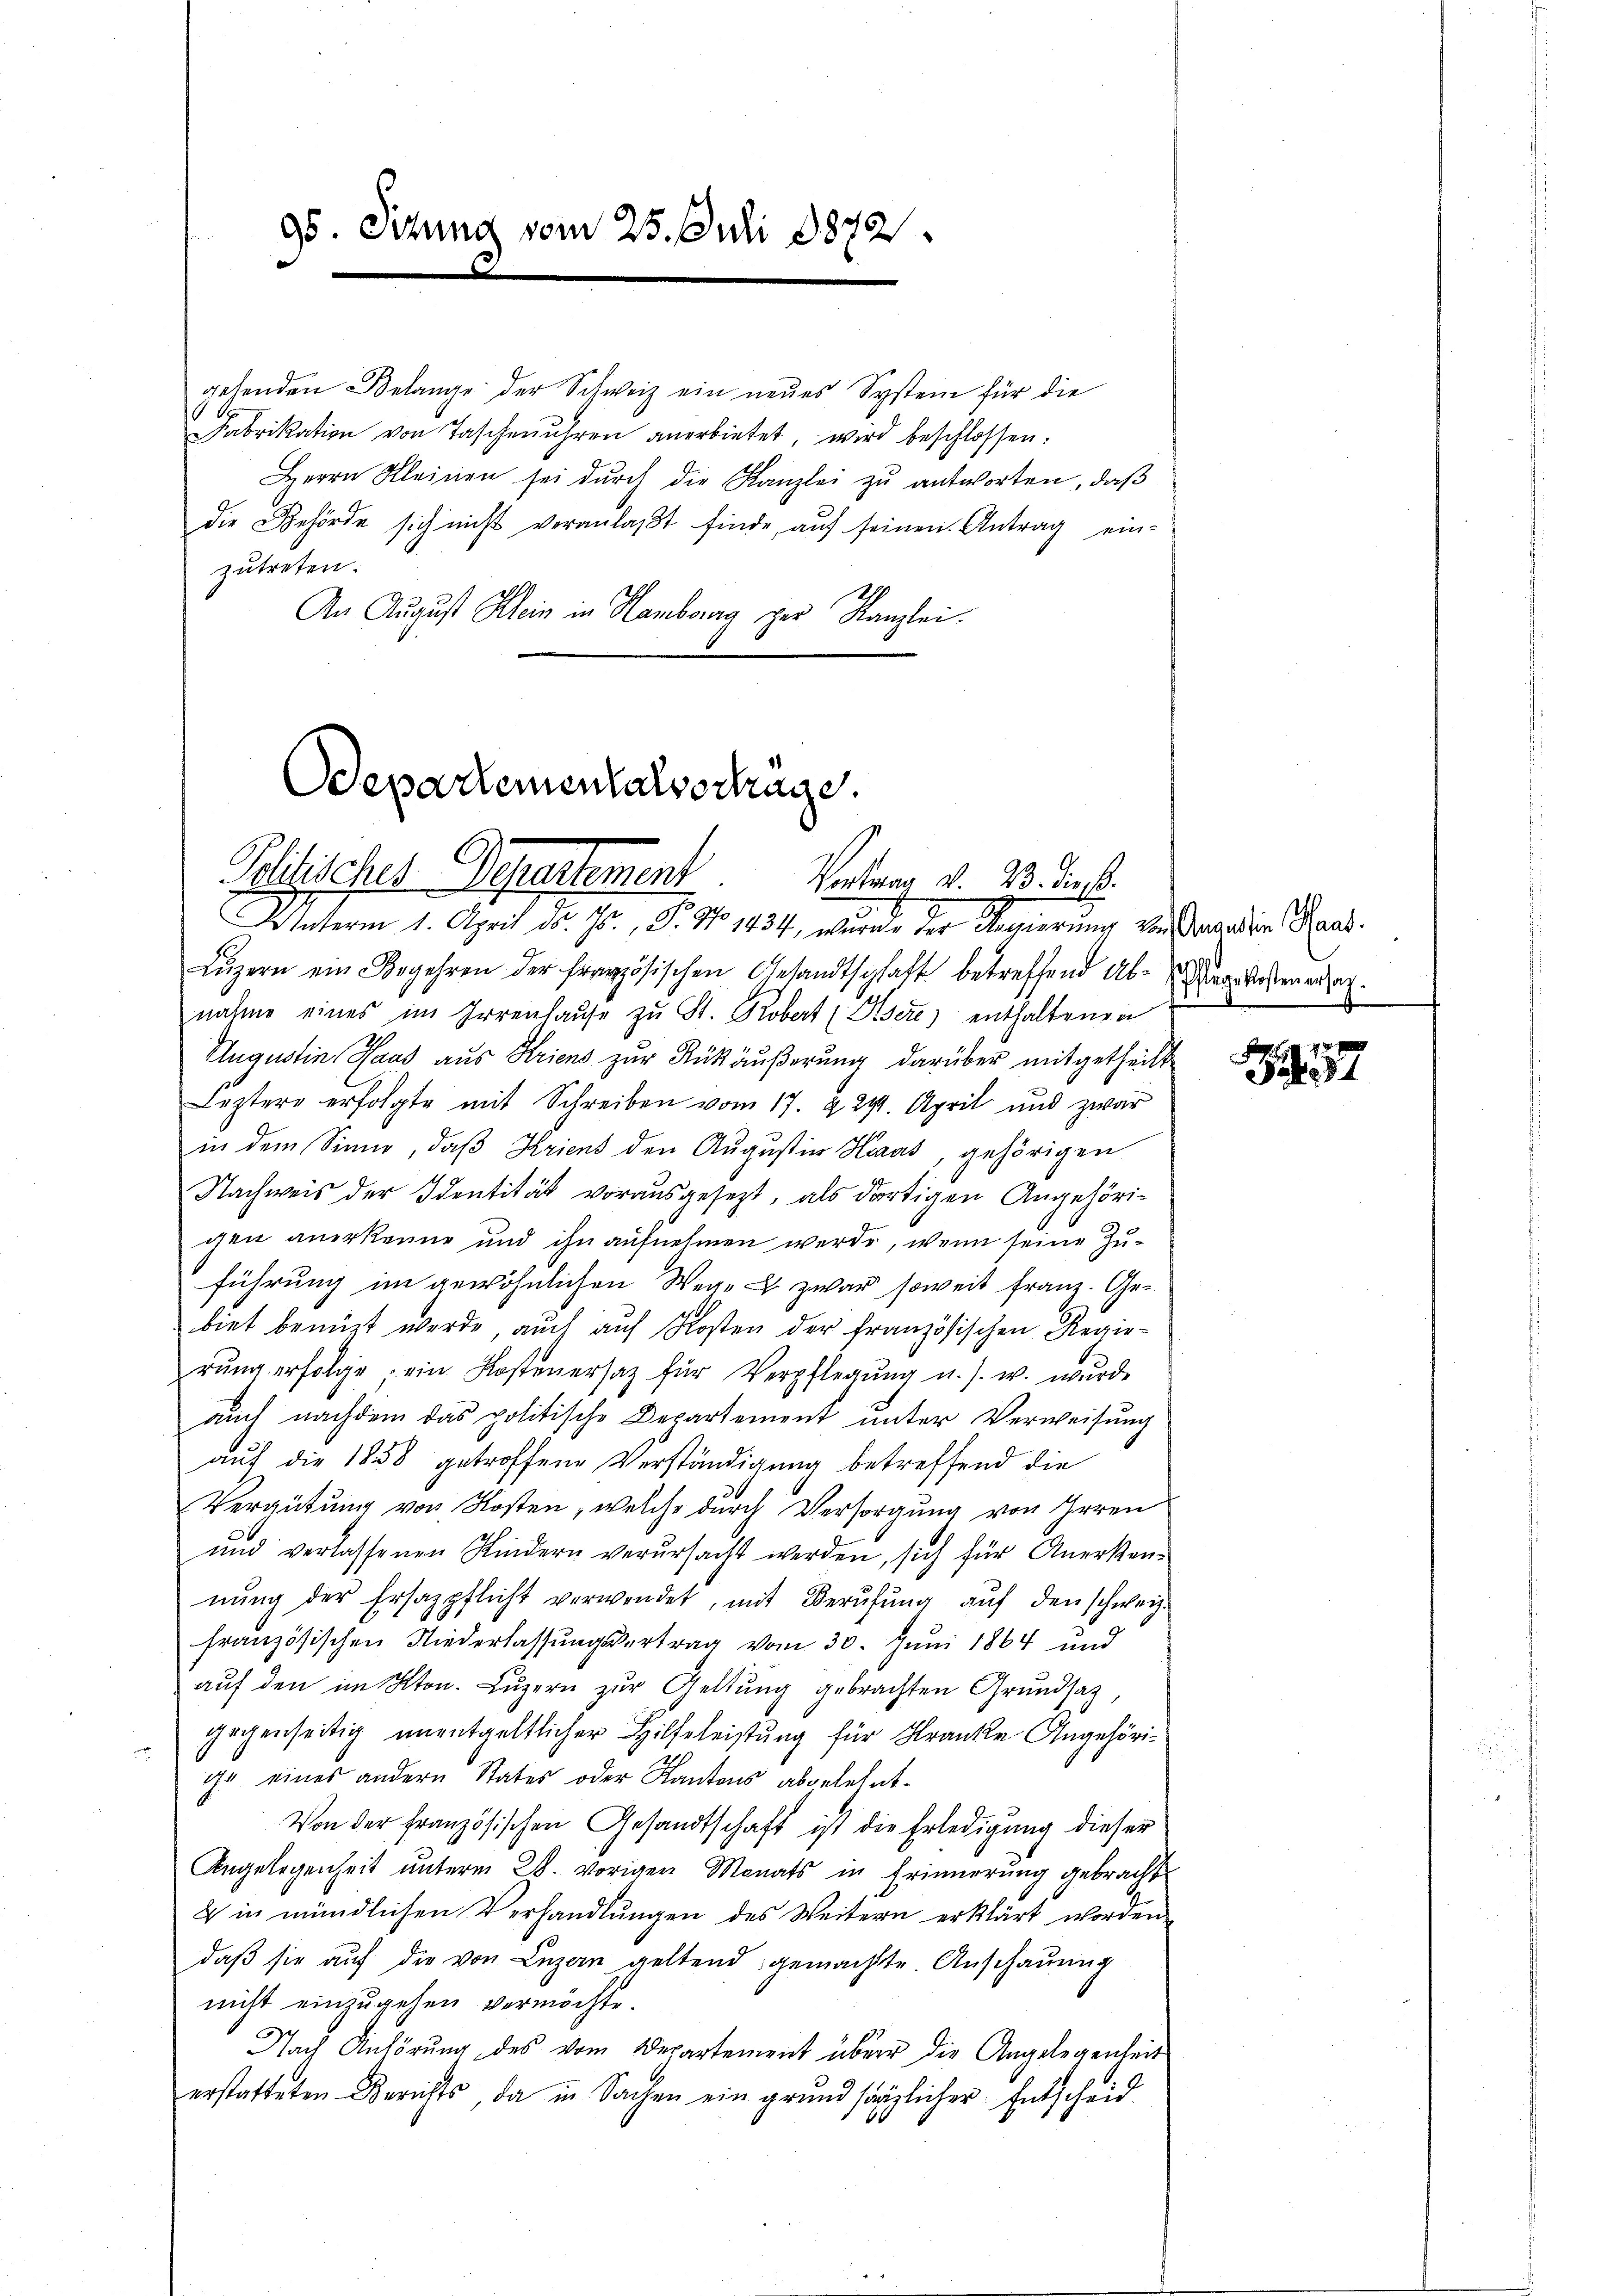
95. Sitzung vom 25. Juli 1872

zutreten.
An August Klein in Hamberg der Kanzlei.

Odepartementalverträge.
Politisches Departement

gehenden Belange der Schweiz ein neues System für die
Fabrikation von Taschenuhren anerbietet, wird beschlossen:
Herrn Kleinen sei dŭrch die Kanzlei zŭ antworten, daß
die Behörde sich nicht veranlaβt finde, auf seinen Antrag ein¬

Vortrag d. 23. Die k.
Winterm 1. April d. Js., F. No 1434, wurde der Regierung von Baaden Waad
Lŭzern ein Begehren der französischen Gesandtschaft betreffend Abnahme eines im Irrenhaŭse zŭ St. Kobert (Giser) enthaltenen
Augustin Hand aus Kriens zur Rükäußerung darüber mitgetheilt
Leztere erfolgte mit Schreiben vom 17. & 24. April und zwar
in dem Sinne, daß Kriens den Augustin Haus, gehörigen
Nachweis der Identität vorausgesezt, als dortigen Angehörigen anerkenne und ihn aufnehmen werde, wenn seine Zuführung im gewöhnlichen Wege u. zwar soweit Franz. Gebiet benützt werde, auch auf Kosten der französischen Regierŭng erfolge ein Kostenersatz für Verpflegŭng u. s. w. wŭrde
auch nachdem das politische Departement unter Verweisung
auf die 1838 getroffene Verständigung betreffend die
Vergütung von Kosten, welche durch Versorgung von Irren
und verlassenen Kindern verŭrsacht werden, sich für Anerken-
nŭng der Ersazpflicht verwendet, mit Berŭfŭng aŭf den schweiz.
französischen Niederlassungsvertrag vom 30. Juni 1864 und
aŭf den im Kton. Lŭzern zŭr Geltung gebrachten Grundsatz,
gegenseitig unentgeltlicher Hilfeleistung für Kranke Angehöriir eines andern States oder Kantons abgelehnt¬
Von der französischen Gesandtschaft ist die Erledigung dieser
Angelegenheit unterm 28. vorigen Monats in Erinnerung gebracht
V in mündlichen Verhandlŭngen des Weitern erklärt worden
daβ sie aŭf die von Luzern geltend gemachte Anschauung
nicht einzugehen vermöchte.
Nach Anhörung des vom Departement über die Angelegenheit
erstatteten Berichts, da in Sachen ein grundsätzlicher Entscheid

Pflege kosten ersatz.

Pag.
57